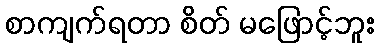
စာကျက်ရတာ စိတ် မဖြောင့်ဘူး